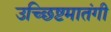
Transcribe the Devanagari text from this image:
उच्छिष्टमातंगी